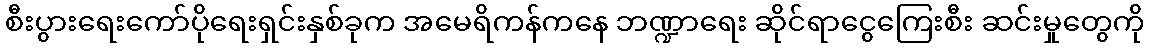
စီးပွားရေးကော်ပိုရေးရှင်းနှစ်ခုက အမေရိကန်ကနေ ဘဏ္ဍာရေး ဆိုင်ရာငွေကြေးစီး ဆင်းမှုတွေကို